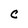
Character: C